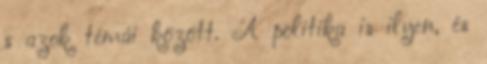
s azok témái között. A politika is ilyen, és